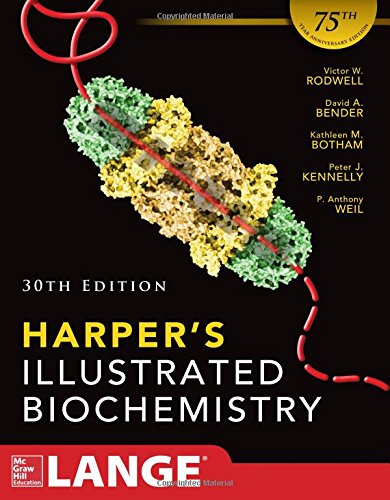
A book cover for Harpers Illustrated Biochemistry 30th Edition; Victor Rodwell; Engineering & Transportation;